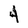
Character: 4